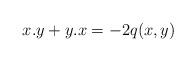
LaTeX: \begin{align*}x.y+y.x=-2q(x,y)\end{align*}